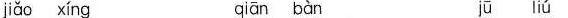
jiǎo xíng qiān bàn jū liú